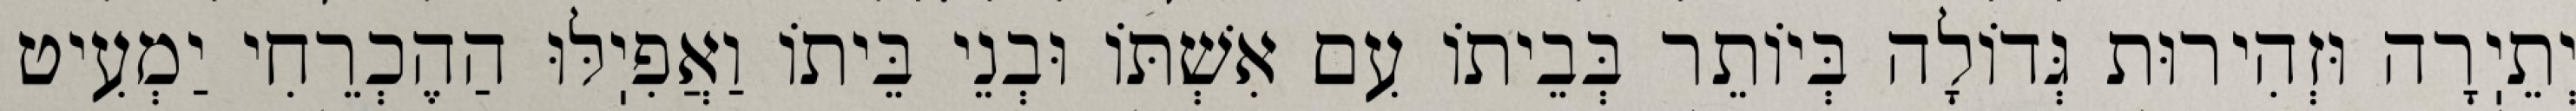
יְתֵיֽרָה וּזְהִירוּת גְּדוֹלָה בְּיוֹתֵר בְּבֵיתוֹ עִם אִשְׁתּוֹ וּבְנֵי בֵּיתוֹ וַאֲפִיֽלּוּ הַהֶכְרֵחִי יַמְעִיט